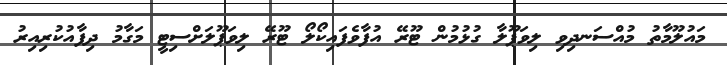
މައުލޫމާތު މުއްސަނދިވި ލިވަޕޫލާ ގުޅުމުން ޓޫރޭ އުފާވެފައިކޯލޯ ޓޫރޭ ލިވަޕޫލަށްސިޓީ މަގާމު ދިފާއުކުރިއިރު